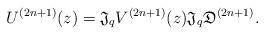
LaTeX: \begin{align*}U^{(2n+1)}(z)={\mathfrak J}_qV^{(2n+1)}(z){\mathfrak J}_q {\mathfrak D^{(2n+1)}}.\end{align*}